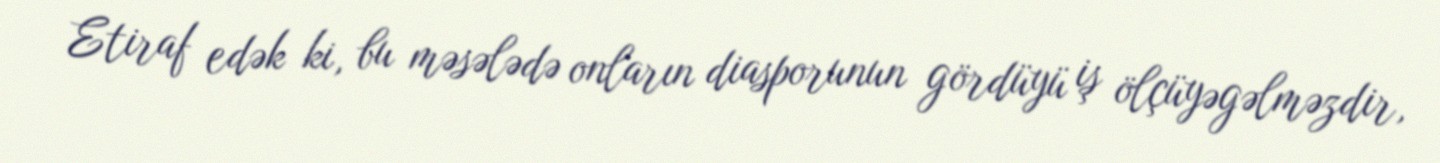
Etiraf edək ki, bu məsələdə onların diasporunun gördüyü iş ölçüyəgəlməzdir,